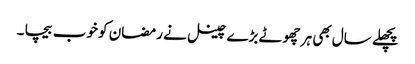
پچھلے سال بھی ہر چھوٹے بڑے چینل نے رمضان کو خوب بیچا ۔